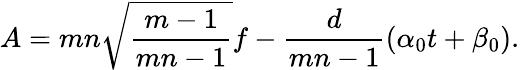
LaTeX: A=mn\sqrt{\frac{m-1}{mn-1}}f-\frac{d}{mn-1}(\alpha_{0}t+\beta_{0}).